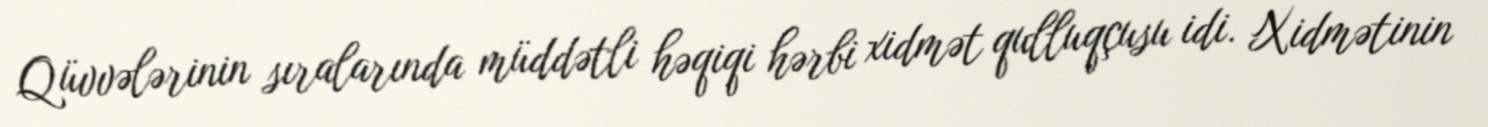
Qüvvələrinin sıralarında müddətli həqiqi hərbi xidmət qulluqçusu idi. Xidmətinin